Vaccination in Bombay 1863-1868 - 1863-1868
Year: 1863
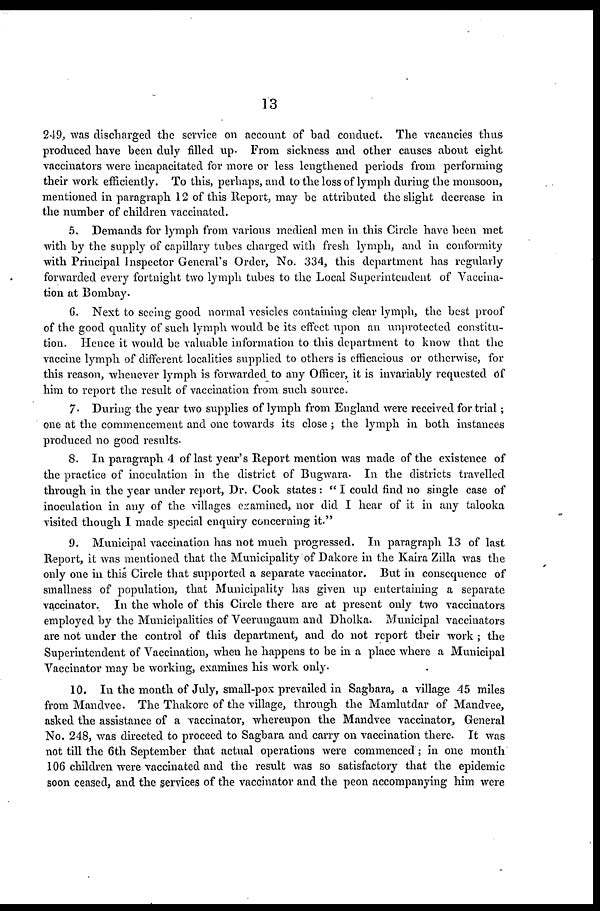
13
249, was discharged the service on account of bad conduct. The vacancies thus
produced have been duly filled up. From sickness and other causes about eight
vaccinators were incapacitated for more or less lengthened periods from performing
their work efficiently. To this, perhaps, and to the loss of lymph during the monsoon,
mentioned in paragraph 12 of this Report, may be attributed the slight decrease in
the number of children vaccinated.
5. Demands for lymph from various medical men in this Circle have been met
with by the supply of capillary tubes charged with fresh lymph, and in conformity
with Principal Inspector General's Order, No. 334, this department has regularly
forwarded every fortnight two lymph tubes to the Local Superintendent of Vaccina-
tion at Bombay.
6. Next to seeing good normal vesicles containing clear lymph, the best proof
of the good quality of such lymph would be its effect upon an unprotected constitu-
tion. Hence it would be valuable information to this department to know that the
vaccine lymph of different localities supplied to others is efficacious or otherwise, for
this reason, whenever lymph is forwarded to any Officer, it is invariably requested of
him to report the result of vaccination from such source.
7. During the year two supplies of lymph from England were received for trial;
one at the commencement and one towards its close ; the lymph in both instances
produced no good results.
8. In paragraph 4 of last year's Report mention was made of the existence of
the practice of inoculation in the district of Bugwara. In the districts travelled
through in the year under report, Dr. Cook states : "I could find no single case of
inoculation in any of the villages examined, nor did I hear of it in any talooka
visited though I made special enquiry concerning it."
9. Municipal vaccination has not much progressed. In paragraph 13 of last
Report, it was mentioned that the Municipality of Dakore in the Kaira Zilla was the
only one in this Circle that supported a separate vaccinator. But in consequence of
smallness of population, that Municipality has given up entertaining a separate
vaccinator. In the whole of this Circle there are at present only two vaccinators
employed by the Municipalities of Veerungaum and Dholka. Municipal vaccinators
are not under the control of this department, and do not report their work ; the
Superintendent of Vaccination, when he happens to be in a place where a Municipal
Vaccinator may be working, examines his work only.
10. In the month of July, small-pox prevailed in Sagbara, a village 45 miles
from Mandvee. The Thakore of the village, through the Mamlutdar of Mandvee,
asked the assistance of a vaccinator, whereupon the Mandvee vaccinator, General
No. 248, was directed to proceed to Sagbara and carry on vaccination there. It was
not till the 6th September that actual operations were commenced; in one month
106 children were vaccinated and the result was so satisfactory that the epidemic
soon ceased, and the services of the vaccinator and the peon accompanying him were